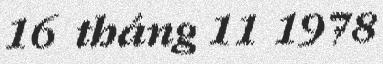
16 tháng 11 1978